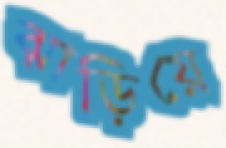
ঝাড়িয়ে